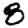
Digit: 8